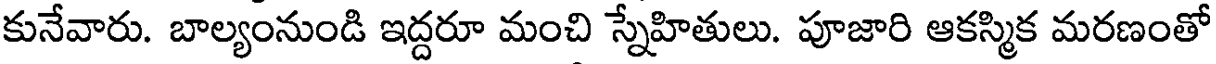
కునేవారు. బాల్యంనుండి ఇద్దరూ మంచి స్నేహితులు. పూజారి ఆకస్మిక మరణంతో